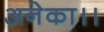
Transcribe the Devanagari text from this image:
अनेका।।